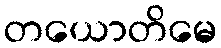
တယောတိမေ